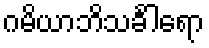
ဂမိယာဘိသင်္ခါရော